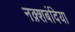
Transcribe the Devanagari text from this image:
नक़्शबंदिया